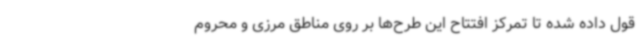
قول داده شده تا تمرکز افتتاح این طرح‌ها بر روی مناطق مرزی و محروم